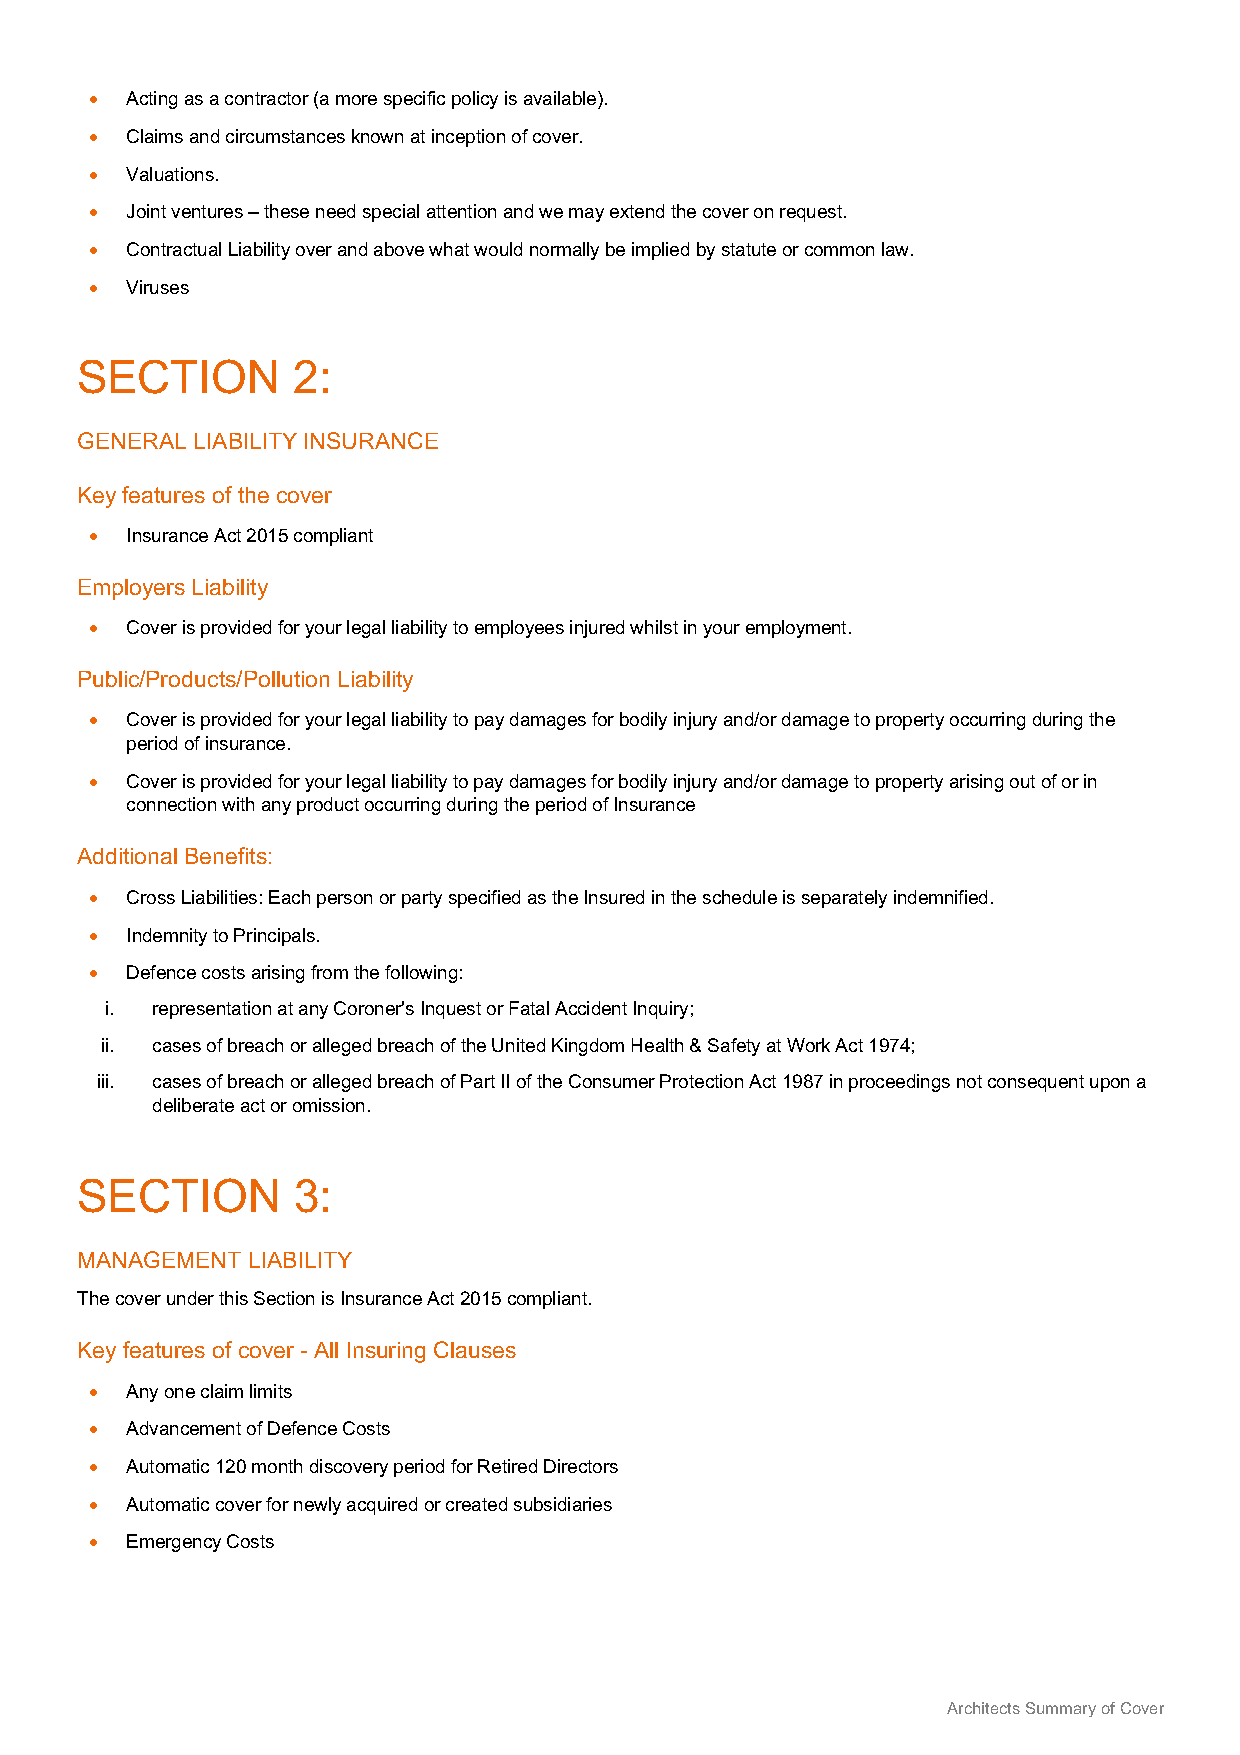
• Acting as a contractor (a more specific policy is available).
 • Claims and circumstances known at inception of cover.
 • Valuations.
 • Joint ventures – these need special attention and we may extend the cover on request.
 • Contractual Liability over and above what would normally be implied by statute or common law.
 • Viruses
 SECTION       2:
 GENERAL LIABILITY INSURANCE
 Key features of the cover
 • Insurance Act 2015 compliant
 Employers Liability
 • Cover is provided for your legal liability to employees injured whilst in your employment.
 Public/Products/Pollution Liability
 • Cover is provided for your legal liability to pay damages for bodily injury and/or damage to property occurring during the
 period of insurance.
 • Cover is provided for your legal liability to pay damages for bodily injury and/or damage to property arising out of or in
 connection with any product occurring during the period of Insurance
 Additional Benefits:
 • Cross Liabilities: Each person or party specified as the Insured in the schedule is separately indemnified.
 • Indemnity to Principals.
 • Defence costs arising from the following:
 i. representation at any Coroner's Inquest or Fatal Accident Inquiry;
 ii. cases of breach or alleged breach of the United Kingdom Health & Safety at Work Act 1974;
 iii. cases of breach or alleged breach of Part II of the Consumer Protection Act 1987 in proceedings not consequent upon a
 deliberate act or omission.
 SECTION       3:
 MANAGEMENT LIABILITY
 The cover under this Section is Insurance Act 2015 compliant.
 Key features of cover - All Insuring Clauses
 • Any one claim limits
 • Advancement of Defence Costs
 • Automatic 120 month discovery period for Retired Directors
 • Automatic cover for newly acquired or created subsidiaries
 • Emergency Costs
 Architects Summary of Cover